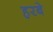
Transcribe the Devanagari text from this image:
हरबे